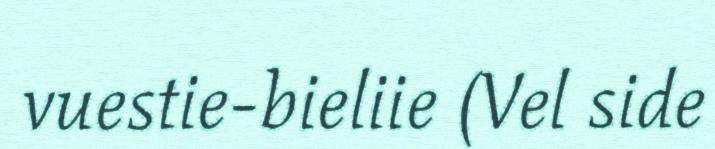
vuestie-bieliie (Vel side